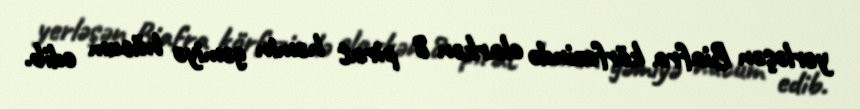
yerləşən Biafra körfəzində olarkən 8 pirat həmin gəmiyə hücum edib.